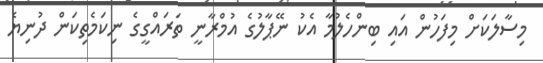
މިސާލަކަށް މިފަހުން އައި ބިންހެލުމާ އެކު ނޭޕާލުގެ އުމްރާނީ ތަރައްގީގެ ނިކަމެތިކަން ދުނިޔެ